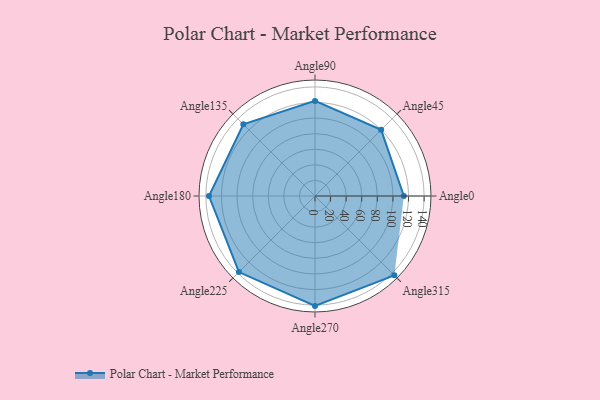
{"axis": {"x": "Angle", "y": "Radius"}, "legend": [""], "data": [{"x": "Angle0", "y": 114.0, "type": ""}, {"x": "Angle45", "y": 120.0, "type": ""}, {"x": "Angle90", "y": 122.0, "type": ""}, {"x": "Angle135", "y": 130.0, "type": ""}, {"x": "Angle180", "y": 136.0, "type": ""}, {"x": "Angle225", "y": 138.0, "type": ""}, {"x": "Angle270", "y": 141.0, "type": ""}, {"x": "Angle315", "y": 144.0, "type": ""}]}